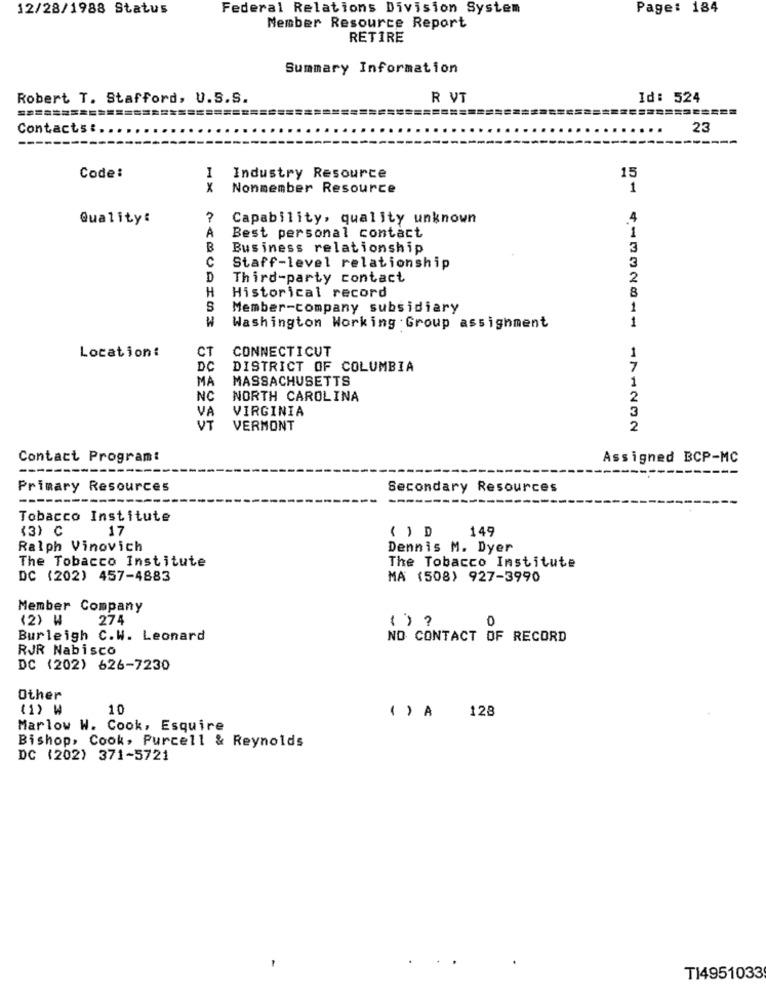
12/28/1988 Status
Federal Relations Division System
Page: 184
Member Resource Report
RETIRE
Summary Information
Robert T. Stafford, U.S.S.
R VT
Id: 524
Contacts :.
23
Code:
I
Industry Resource
15
x
Nonmember Resource
1
Quality:
Capability, quality unknown
.4
A
1
Best personal contact
B
Business relationship
3
C
3
Staff-level relationship
D
Third-party contact
2
H
8
Historical record
S
Member-company subsidiary
1
Washington Working Group assignment
1
CT
CONNECTICUT
Location:
1
DC
DISTRICT OF COLUMBIA
7
MA
MASSACHUSETTS
1
NC
NORTH CAROLINA
2
VA
VIRGINIA
3
VT
VERMONT
2
Contact Program:
Assigned BCP-MC
-----
Primary Resources
Secondary Resources
--
Tobacco Institute
(3) C
17
149
( ) D
Ralph Vinovich
Dennis M. Dyer
The Tobacco Institute
The Tobacco Institute
DC (202) 457-4883
MA (508) 927-3990
Member Company
(2) W
274
0
Burleigh C.W. Leonard
NO CONTACT OF RECORD
RJR Nabisco
DC (202) 626-7230
Other
(1) W
10
128
Marlow W. Cook, Esquire
Bishop, Cook, Purcell & Reynolds
DC (202) 371-5721
T14951033